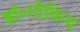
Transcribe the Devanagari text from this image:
डॉ॰गोविन्द